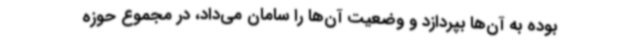
بوده به آن‌ها بپردازد و وضعیت آن‌ها را سامان می‌داد، در مجموع حوزه‌